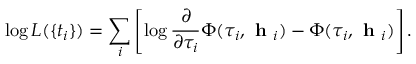
\log L ( \{ t _ { i } \} ) = \sum _ { i } \left[ \log \frac { \partial } { \partial \tau _ { i } } \Phi ( \tau _ { i } , \textbf { h } _ { i } ) - \Phi ( \tau _ { i } , \textbf { h } _ { i } ) \right] .